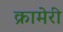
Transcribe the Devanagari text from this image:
क्रामेरी